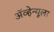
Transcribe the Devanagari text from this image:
ॲव्हेन्यूला